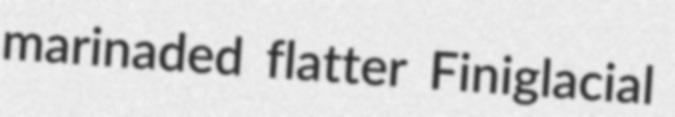
marinaded flatter Finiglacial